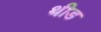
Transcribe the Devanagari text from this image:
थीड